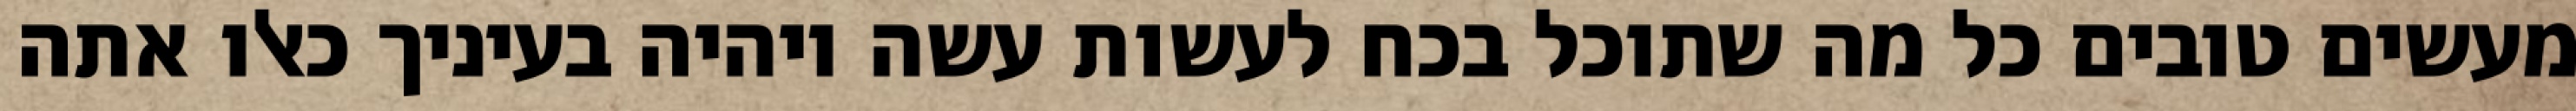
מעשים טובים כל מה שתוכל בכח לעשות עשה ויהיה בעיניך כאלו אתה